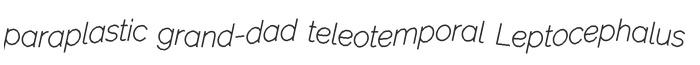
paraplastic grand-dad teleotemporal Leptocephalus